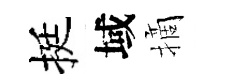
挺域摘